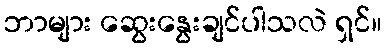
ဘာများ ဆွေးနွေးချင်ပါသလဲ ရှင်။